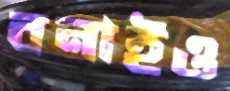
বনাইও